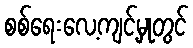
စစ်ရေးလေ့ကျင့်မှုတွင်